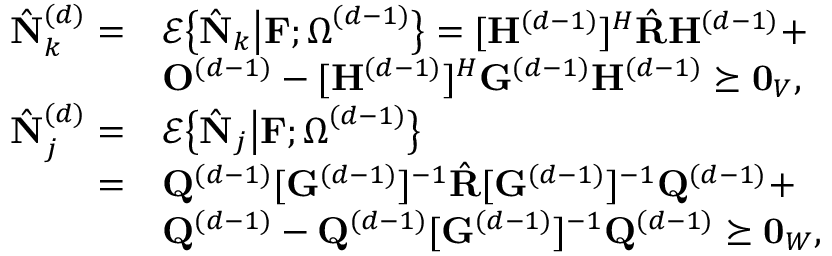
\begin{array} { r l } { \hat { \mathbf { N } } _ { k } ^ { ( d ) } = } & { \mathcal { E } \big \{ \hat { \mathbf { N } } _ { k } \big \vert \mathbf { F } ; \boldsymbol { \Omega } ^ { ( d - 1 ) } \big \} = [ \mathbf { H } ^ { ( d - 1 ) } ] ^ { H } \hat { \mathbf { R } } \mathbf { H } ^ { ( d - 1 ) } + } \\ & { \mathbf { O } ^ { ( d - 1 ) } - [ \mathbf { H } ^ { ( d - 1 ) } ] ^ { H } \mathbf { G } ^ { ( d - 1 ) } \mathbf { H } ^ { ( d - 1 ) } \succeq \mathbf { 0 } _ { V } , } \\ { \hat { \mathbf { N } } _ { j } ^ { ( d ) } = } & { \mathcal { E } \big \{ \hat { \mathbf { N } } _ { j } \big \vert \mathbf { F } ; \boldsymbol { \Omega } ^ { ( d - 1 ) } \big \} } \\ { = } & { \mathbf { Q } ^ { ( d - 1 ) } [ \mathbf { G } ^ { ( d - 1 ) } ] ^ { - 1 } \hat { \mathbf { R } } [ \mathbf { G } ^ { ( d - 1 ) } ] ^ { - 1 } \mathbf { Q } ^ { ( d - 1 ) } + } \\ & { \mathbf { Q } ^ { ( d - 1 ) } - \mathbf { Q } ^ { ( d - 1 ) } [ \mathbf { G } ^ { ( d - 1 ) } ] ^ { - 1 } \mathbf { Q } ^ { ( d - 1 ) } \succeq \mathbf { 0 } _ { W } , } \end{array}